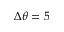
\Delta \theta = 5